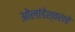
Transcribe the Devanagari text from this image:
ओलांडेश्वराचे